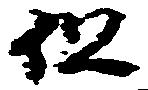
但